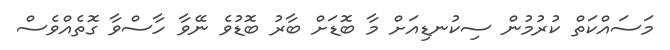
މަސައްކަތް ކުރުމުން ސިކުނޑިއަށް މާ ބޮޑަށް ބާރު ބޮޑުވެ ނޭވާ ހާސްވާ ގޮތެއްވެސް